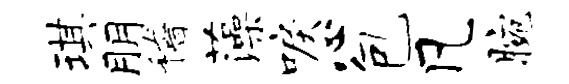
琪朋稽藻唳心包凡腕